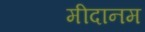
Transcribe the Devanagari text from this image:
मीदानम